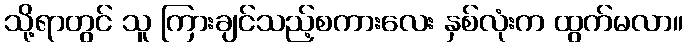
သို့ရာတွင် သူ ကြားချင်သည့်စကားလေး နှစ်လုံးက ထွက်မလာ။